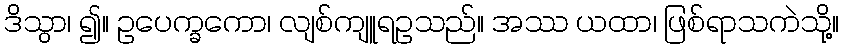
ဒိသွာ၊ ၍။ ဥပေက္ခကော၊ လျစ်ကျူရဥသည်။ အဿ ယထာ၊ ဖြစ်ရာသကဲသို့။